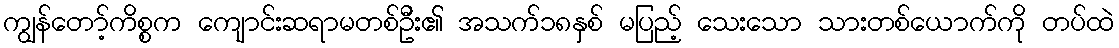
ကျွန်တော့်ကိစ္စက ကျောင်းဆရာမတစ်ဦး၏ အသက်၁၈နှစ် မပြည့် သေးသော သားတစ်ယောက်ကို တပ်ထဲ